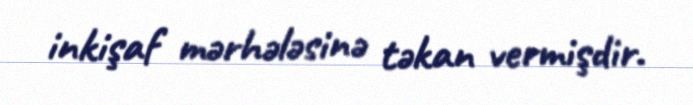
inkişaf mərhələsinə təkan vermişdir.